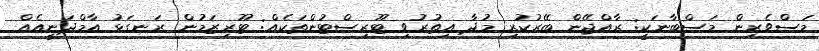
މަސްވެރިން މަސްބާނަކީ: ރާއްޖޭން ބޭރުކުރި މުދާ އިތުރުވި ޓޫރިސްޓުންތަކެއް: ޓޫރިޒަމުން ރަނގަޅު އާމްދަނީއެއް